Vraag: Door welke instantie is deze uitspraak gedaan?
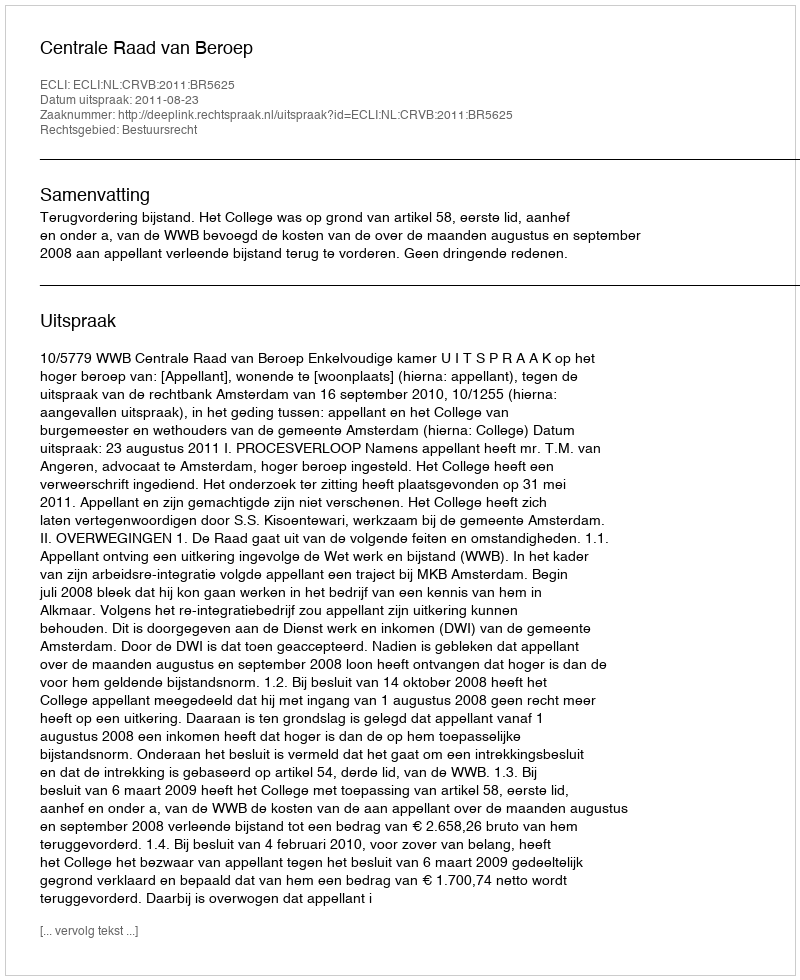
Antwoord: Centrale Raad van Beroep